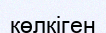
көлкіген